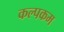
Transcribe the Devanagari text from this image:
कल्पकम